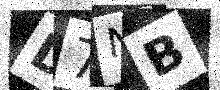
Text: D7NB